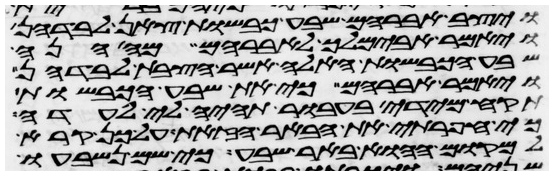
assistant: ויצב אברהם שבע כבשות צאן לבדהן
ויאמר אבימלך אל אברהם מה הנה
שבע הכבשות האלה אשר הצבת לבדהן
ויאמר אברהם כי את שבע הכבשות
תקח מידי בעבור תהיה לי לעדה
כי חפרתי את הבאר הזאת על כן קרא
למקום ההוא באר שבע כי שם נשבעו